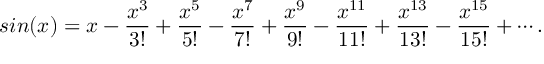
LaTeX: s i n ( x ) = x - \frac { x ^ { 3 } } { 3 ! } + \frac { x ^ { 5 } } { 5 ! } - \frac { x ^ { 7 } } { 7 ! } + \frac { x ^ { 9 } } { 9 ! } - \frac { x ^ { 1 1 } } { 1 1 ! } + \frac { x ^ { 1 3 } } { 1 3 ! } - \frac { x ^ { 1 5 } } { 1 5 ! } + \cdots .